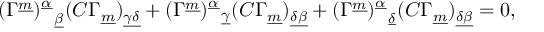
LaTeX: ( \Gamma ^ { \underline { { m } } } ) _ { ~ ~ \underline { { \beta } } } ^ { \underline { { \alpha } } } ( C \Gamma _ { \underline { { m } } } ) _ { \underline { { { \gamma \delta } } } } + ( \Gamma ^ { \underline { { m } } } ) _ { ~ ~ \underline { { \gamma } } } ^ { \underline { { \alpha } } } ( C \Gamma _ { \underline { { m } } } ) _ { \underline { { { \delta \beta } } } } + ( \Gamma ^ { \underline { { m } } } ) _ { ~ ~ \underline { { \delta } } } ^ { \underline { { \alpha } } } ( C \Gamma _ { \underline { { m } } } ) _ { \underline { { { \delta \beta } } } } = 0 ,